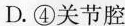
D.④关节腔